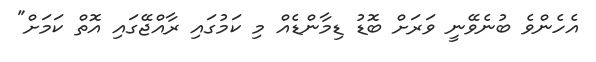
އެހެންވެ ބުނެވޭނީ ވަރަށް ބޮޑު ޑިމާންޑެއް މި ކަމުގައި ރާއްޖޭގައި އޮތް ކަމަށް"